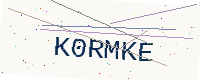
Text: K0RMKE